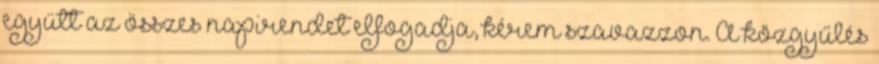
együtt az összes napirendet elfogadja, kérem szavazzon. A közgyűlés